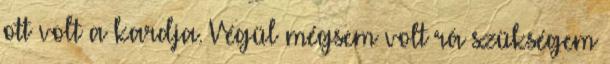
ott volt a kardja. Végül mégsem volt rá szükségem